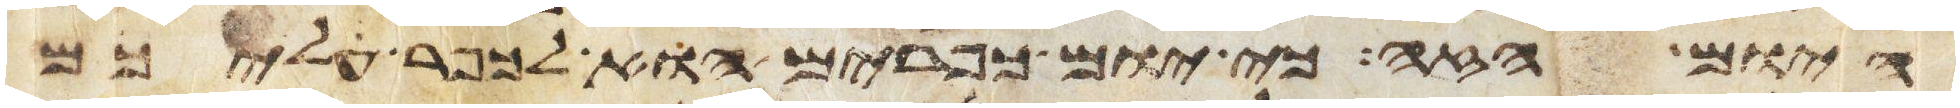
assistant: היום הזה כי יום כפורים הוא לכפר עליכם